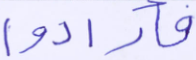
فأرادوا